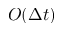
O ( \Delta t )